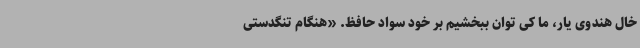
خال هندوی یار، ما کی توان ببخشیم بر خود سواد حافظ. «هنگام تنگدستی